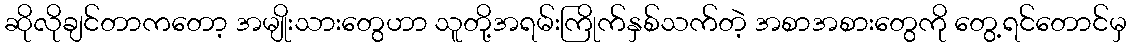
ဆိုလိုချင်တာကတော့ အမျိုးသားတွေဟာ သူတို့အရမ်းကြိုက်နှစ်သက်တဲ့ အစာအစားတွေကို တွေ့ရင်တောင်မှ